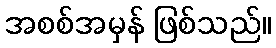
အစစ်အမှန် ဖြစ်သည်။